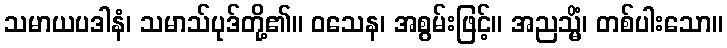
သမာယပဒါနံ၊ သမာသ်ပုဒ်တို့၏။ ဝသေန၊ အစွမ်းဖြင့်။ အညသ္မိံ၊ တစ်ပါးသော။